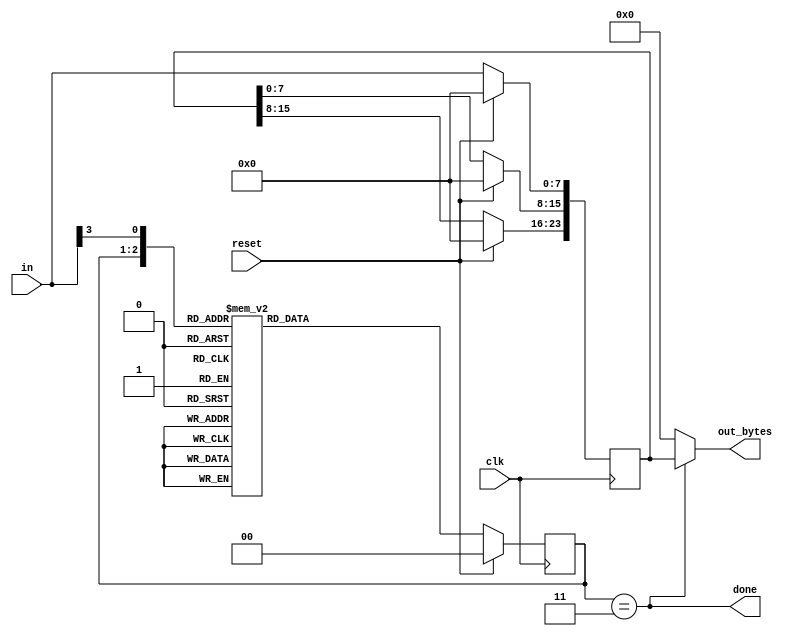
// This program was cloned from: https://github.com/Yvan-xy/verilog-doc
// License: GNU General Public License v2.0

module top_module(
    input clk,
    input [7:0] in,
    input reset,    // Synchronous reset
    output [23:0] out_bytes,
    output done); //

    reg	[23:0]	data;
    // FSM from fsm_ps2
    parameter b1 = 2'd0, b2 = 2'd1, b3 = 2'd2, dn = 2'd3;
    reg	[1:0]	state, next_state;
    // State transition logic (combinational)
    always@(*) begin
        case({state, in[3]})
            {b1, 1'b0}:	next_state = b1;
            {b1, 1'b1}:	next_state = b2;
            {b2, 1'b0}:	next_state = b3;
            {b2, 1'b1}:	next_state = b3;
            {b3, 1'b0}:	next_state = dn;
            {b3, 1'b1}:	next_state = dn;
            {dn, 1'b0}:	next_state = b1;
            {dn, 1'b1}:	next_state = b2;
        endcase
    end
    // State flip-flops (sequential)
    always@(posedge clk) begin
        if(reset)
            state <= b1;
        else
            state <= next_state;
    end
    // Output logic
    assign	done = (state == dn);
    
    // New: Datapath to store incoming bytes.
    always@(posedge clk) begin
        if(reset)
            data <= 32'd0;
        else begin
            data[23:16] <= data[15:8];
            data[15:8] <= data[7:0];
            data[7:0] <= in;
        end
    end
    
    assign out_bytes = (done)?data:32'd0;
    
endmodule